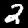
Label: 2